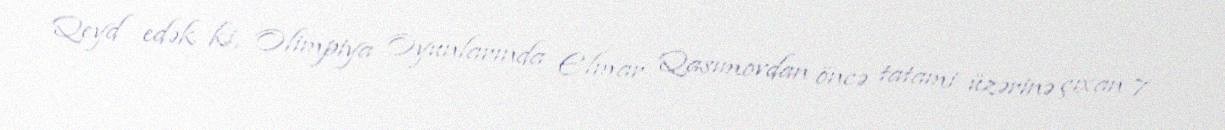
Qeyd edək ki, Olimpiya Oyunlarında Elmar Qasımovdan öncə tatami üzərinə çıxan 7